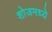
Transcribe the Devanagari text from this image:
शोजमध्ये